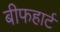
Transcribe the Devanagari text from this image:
बीफहार्ट